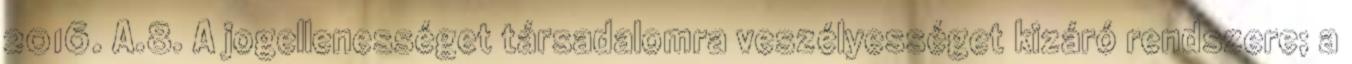
2016. A.8. A jogellenességet társadalomra veszélyességet kizáró rendszere; a